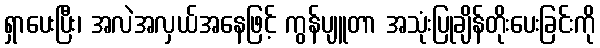
ရှာပေးပြီး၊ အလဲအလှယ်အနေဖြင့် ကွန်ပျူတာ အသုံးပြုချိန်တိုးပေးခြင်းကို